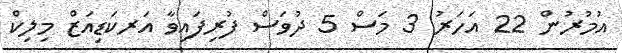
އުމުރުން 22 އަހަރު 3 މަސް 5 ދުވަސް ފުރިފައިވާ އަރކަޑިއަޒް މިލިކް